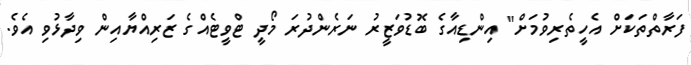
ފަރާތްތަކަށް އެހީތެރިވުމަށް" އިންޑިއާގެ ބޮޑުވަޒީރު ނަރެންދުރަ މޯދީ ޓްވީޓެއްގެ ޒަރިއްޔާއިން ވިދާޅުވި އެވެ.